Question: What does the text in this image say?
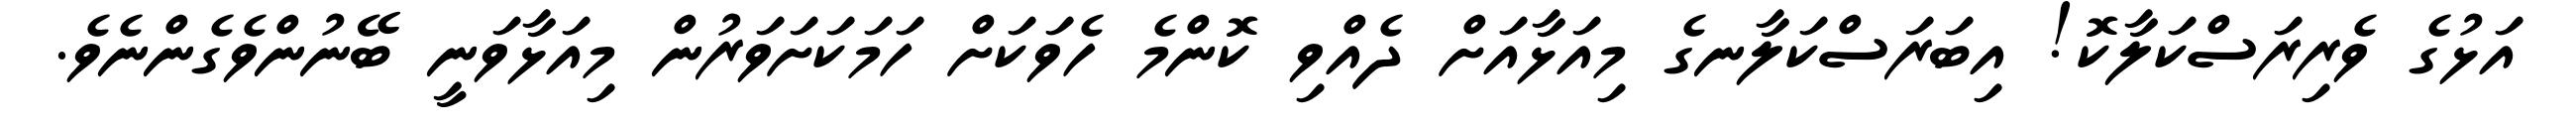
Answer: އަޅުގެ ވެރިރަސްކަލާކޮ! އިބަރަސްކަލާނގެ މިއަޅާއަށް ދެއްވި ކޮންމެ ހެވަކަށް ހަމަކަށަވަރުން މިއަޅާވަނީ ބޭނުންވެގެންނެވެ.